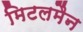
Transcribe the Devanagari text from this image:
मिटलमैन